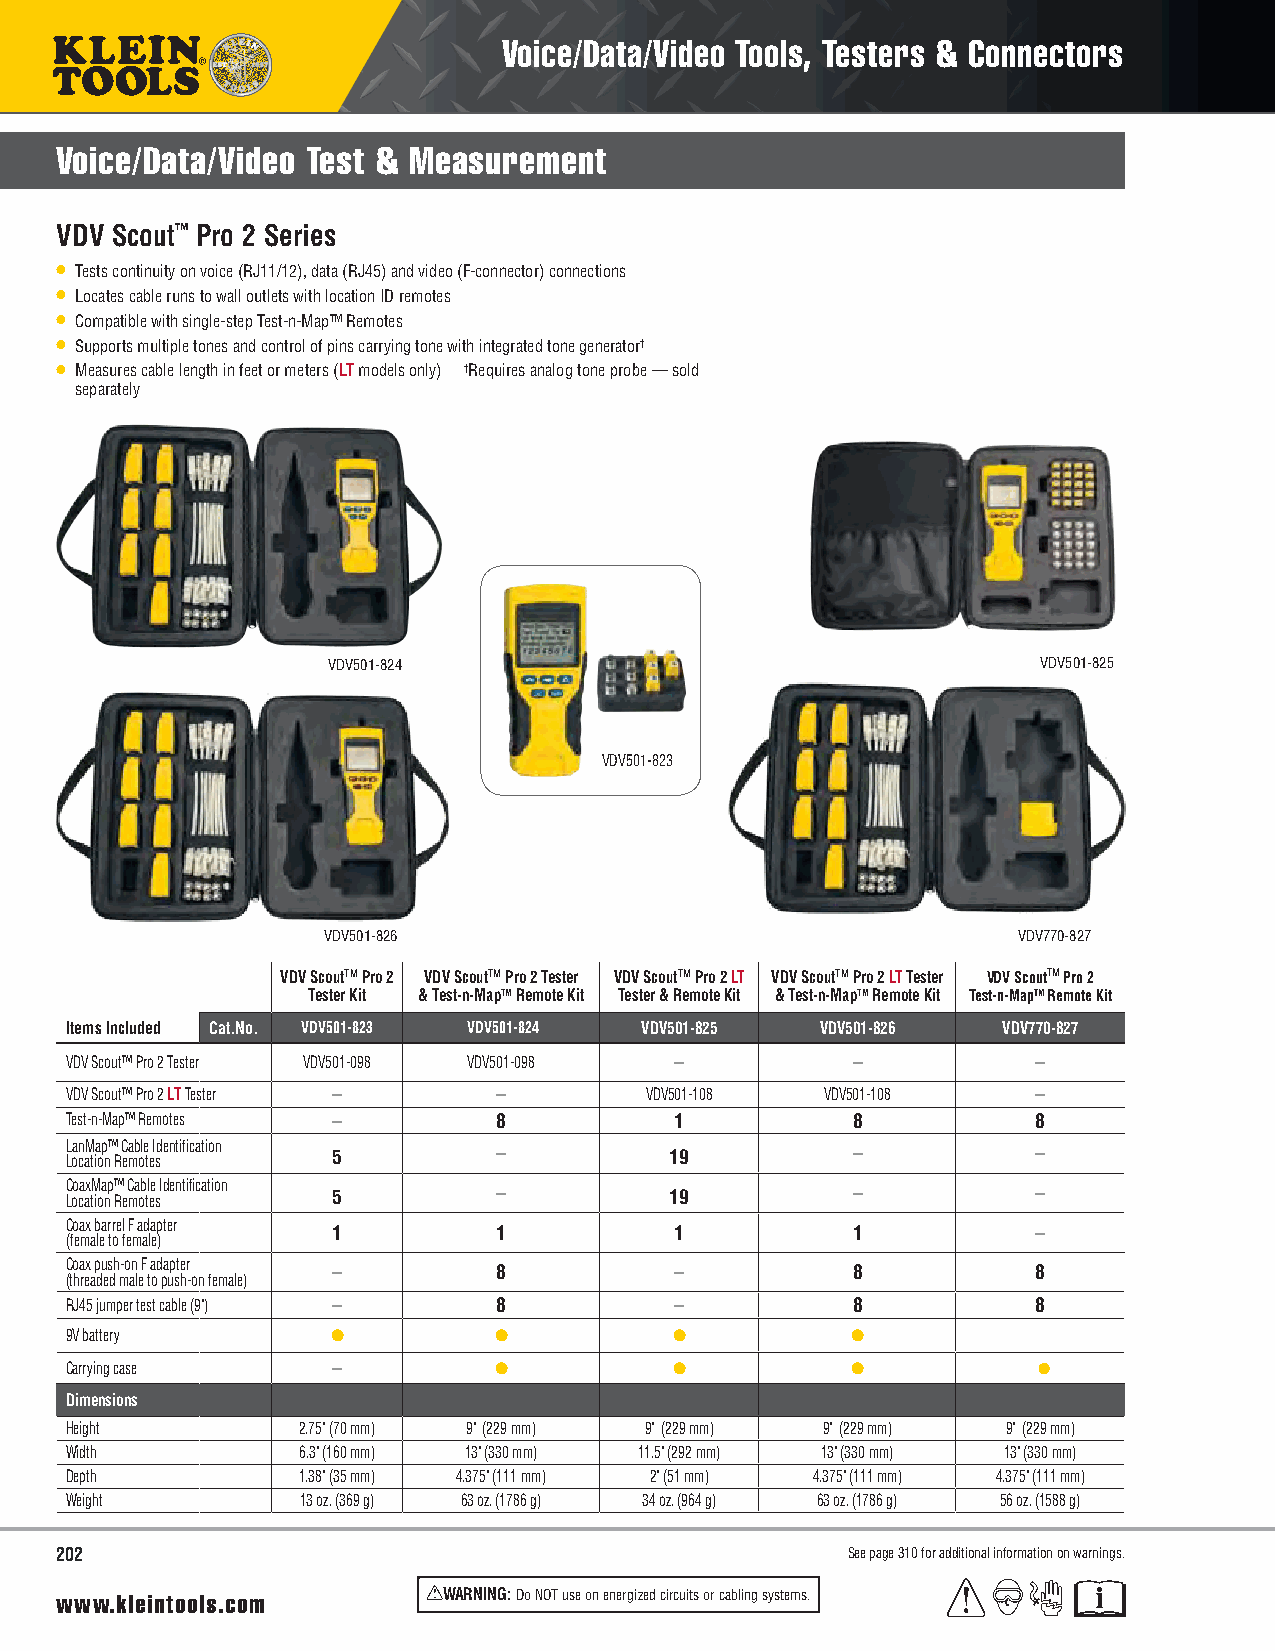
Voice/Data/Video Tools, Testers & Connectors
 Voice/Data/Video Test & Measurement
 VDV Scout™ Pro 2 Series
 • Tests continuity on voice (RJ11/12), data (RJ45) and video (F-connector) connections
 • Locates cable runs to wall outlets with location ID remotes
 • Compatible with single-step Test-n-Map™ Remotes
 • Supports multiple tones and control of pins carrying tone with integrated tone generator†
 • Measures cable length in feet or meters (LT models only) †Requires analog tone probe — sold
 separately
 VDV501-824                                     VDV501-825
 VDV501-823
 VDV501-826                                    VDV770-827
 VDV ScoutTM Pro 2 VDV ScoutTM Pro 2 Tester VDV ScoutTM Pro 2 LT VDV ScoutTM Pro 2 LT Tester VDV ScoutTM Pro 2
 Tester Kit & Test-n-MapTM Remote Kit Tester & Remote Kit & Test-n-MapTM Remote Kit Test-n-MapTM Remote Kit
 Items Included Cat.No. VDV501-823 VDV501-824 VDV501-825 VDV501-826 VDV770-827
 VDV Scout™ Pro 2 Tester VDV501-098 VDV501-098 –     –            –
 VDV Scout™ Pro 2 LT Tester – –         VDV501-108  VDV501-108    –
 Test-n-Map™ Remotes –        8           1          8            8
 LanMap™ Cable Identification
 Location Remotes  5          –          19          –            –
 CoaxMap™ Cable Identification
 Location Remotes  5          –          19          –            –
 Coax barrel F adapter
 1          1           1          1            –
 (female to female)
 Coax push-on F adapter
 –          8           –          8            8
 (threaded male to push-on female)
 RJ45 jumper test cable (9") – 8          –          8            8
 9V battery        ●          ●           ●          ●
 Carrying case     –          ●           ●          ●            ●
 Dimensions
 Height          2.75" (70 mm) 9" (229 mm) 9" (229 mm) 9" (229 mm) 9" (229 mm)
 Width           6.3" (160 mm) 13" (330 mm) 11.5" (292 mm) 13" (330 mm) 13" (330 mm)
 Depth           1.38" (35 mm) 4.375" (111 mm) 2" (51 mm) 4.375" (111 mm) 4.375" (111 mm)
 Weight          13 oz. (369 g) 63 oz. (1786 g) 34 oz. (964 g) 63 oz. (1786 g) 56 oz. (1588 g)
 202                                                 See page 310 for additional information on warnings.
 www.kleintools.com       WARNING: Do NOT use on energized circuits or cabling systems.